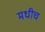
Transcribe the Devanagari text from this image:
मधीच